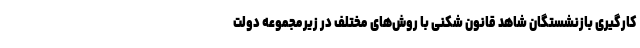
کارگیری بازنشستگان شاهد قانون شکنی با روش‌های مختلف در زیرمجموعه دولت